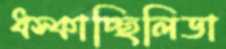
ধস্‌কাচ্ছিলিডা